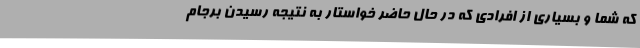
که شما و بسیاری از افرادی که در حال حاضر خواستار به نتیجه رسیدن برجام